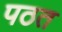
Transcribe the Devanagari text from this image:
पठत